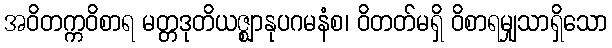
အဝိတက္ကဝိစာရ မတ္တဒုတိယဇ္ဈာနုပဂမနံစ၊ ဝိတတ်မရှိ ဝိစာရမျှသာရှိသော